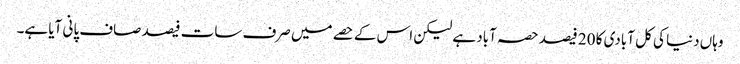
وہاں دنیا کی کل آبادی کا 20 فیصد حصہ آباد ہے لیکن اس کے حصے میں صرف سات فیصد صاف پانی آیا ہے۔